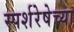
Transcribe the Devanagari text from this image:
स्पर्शरेषेच्या